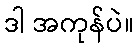
ဒါ အကုန်ပဲ။